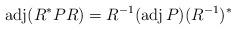
LaTeX: \begin{align*}\operatorname{adj}(R^*PR)=R^{-1}(\operatorname{adj}P)(R^{-1})^*\end{align*}